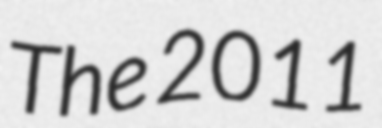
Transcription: The 2011